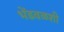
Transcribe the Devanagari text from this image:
भेंडवळशी